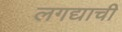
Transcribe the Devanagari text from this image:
लगद्याची